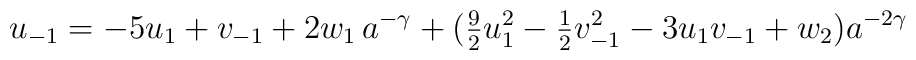
u_{-1} = -5 u_{1} + v_{-1} + 2 w_{1}\, a^{- \gamma} + (\mbox{$\frac{9}{2}$} u_{1}^2 - \mbox{$\frac{1}{2}$} v_{-1}^2 - 3 u_{1} v_{-1} + w_{2}) a^{-2 \gamma}